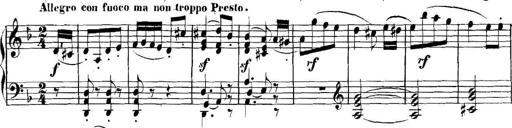
Title: Collected Piano Sonatas
Composer: Muzio Clementi